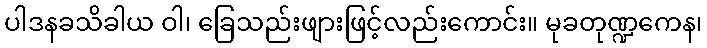
ပါဒနခသိခါယ ဝါ၊ ခြေသည်းဖျားဖြင့်လည်းကောင်း။ မုခတုဏ္ဍကေန၊